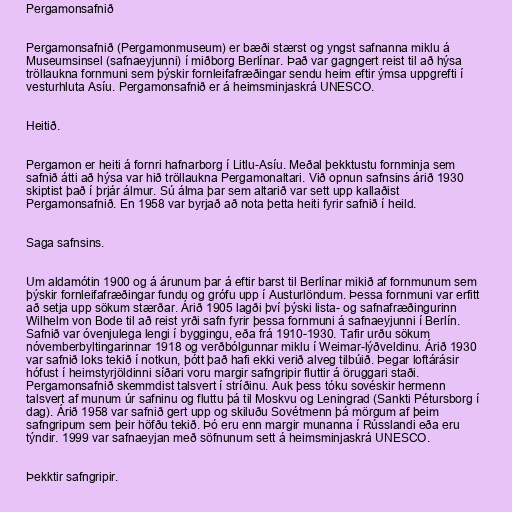
Pergamonsafnið

Pergamonsafnið (Pergamonmuseum) er bæði stærst og yngst safnanna miklu á
Museumsinsel (safnaeyjunni) í miðborg Berlínar. Það var gagngert reist til að hýsa
tröllaukna fornmuni sem þýskir fornleifafræðingar sendu heim eftir ýmsa uppgrefti í
vesturhluta Asíu. Pergamonsafnið er á heimsminjaskrá UNESCO.

Heitið.

Pergamon er heiti á fornri hafnarborg í Litlu-Asíu. Meðal þekktustu fornminja sem
safnið átti að hýsa var hið tröllaukna Pergamonaltari. Við opnun safnsins árið 1930
skiptist það í þrjár álmur. Sú álma þar sem altarið var sett upp kallaðist
Pergamonsafnið. En 1958 var byrjað að nota þetta heiti fyrir safnið í heild.

Saga safnsins.

Um aldamótin 1900 og á árunum þar á eftir barst til Berlínar mikið af fornmunum sem
þýskir fornleifafræðingar fundu og grófu upp í Austurlöndum. Þessa fornmuni var erfitt
að setja upp sökum stærðar. Árið 1905 lagði því þýski lista- og safnafræðingurinn
Wilhelm von Bode til að reist yrði safn fyrir þessa fornmuni á safnaeyjunni í Berlín.
Safnið var óvenjulega lengi í byggingu, eða frá 1910-1930. Tafir urðu sökum
nóvemberbyltingarinnar 1918 og verðbólgunnar miklu í Weimar-lýðveldinu. Árið 1930
var safnið loks tekið í notkun, þótt það hafi ekki verið alveg tilbúið. Þegar loftárásir
hófust í heimstyrjöldinni síðari voru margir safngripir fluttir á öruggari staði.
Pergamonsafnið skemmdist talsvert í stríðinu. Auk þess tóku sovéskir hermenn
talsvert af munum úr safninu og fluttu þá til Moskvu og Leningrad (Sankti Pétursborg í
dag). Árið 1958 var safnið gert upp og skiluðu Sovétmenn þá mörgum af þeim
safngripum sem þeir höfðu tekið. Þó eru enn margir munanna í Rússlandi eða eru
týndir. 1999 var safnaeyjan með söfnunum sett á heimsminjaskrá UNESCO.

Þekktir safngripir.